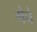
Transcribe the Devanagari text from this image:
मेचे